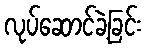
လုပ်ဆောင်ခဲ့ခြင်း